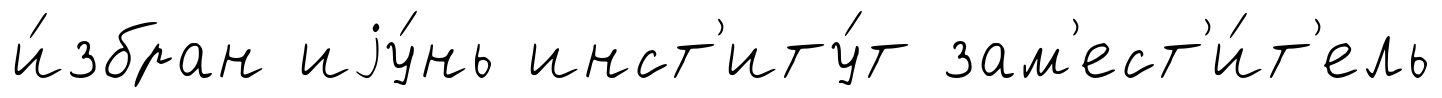
и́збран иjу́нь инст'иту́т зам'ест'и́т'ель